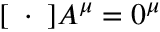
[ \mathbf { \partial } \cdot \mathbf { \partial } ] A ^ { \mu } = 0 ^ { \mu }